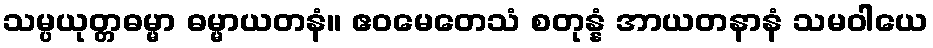
သမ္ပယုတ္တဓမ္မာ ဓမ္မာယတနံ။ ဧဝမေတေသံ စတုန္နံ အာယတနာနံ သမဝါယေ